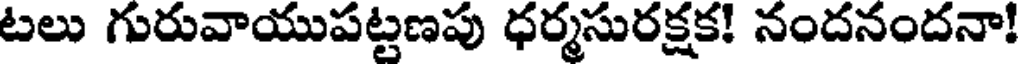
టలు గురువాయుపట్టణపు ధర్మసురక్షక! నందనందనా!